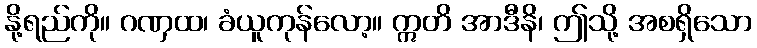
နို့ရည်ကို။ ဂဏှထ၊ ခံယူကုန်လော့။ ဣတိ အာဒီနိ၊ ဤသို့ အစရှိသော